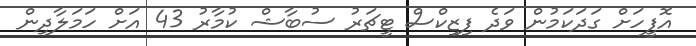
އޮފީހަށް ގަދަކަމުން ވަދެ ފިޒިކްސް ޓީޗަރު ސުބާޝް ކުމާރު 43 އަށް ހަމަލާދިން